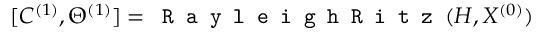
[ C ^ { ( 1 ) } , \Theta ^ { ( 1 ) } ] = \texttt { R a y l e i g h R i t z } ( H , X ^ { ( 0 ) } )